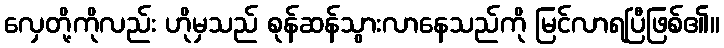
လှေတို့ကိုလည်း ဟိုမှသည် စုန်ဆန်သွားလာနေသည်ကို မြင်လာရပြီဖြစ်၏။